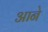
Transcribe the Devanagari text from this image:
अाने